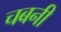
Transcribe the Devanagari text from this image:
चबनी